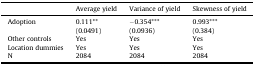
<table><thead><tr><td></td><td><b>Average yield</b></td><td><b>Variance of yield</b></td><td><b>Skewness of yield</b></td></tr></thead><tbody><tr><td rowspan="2">Adoption</td><td>0.111**</td><td>−0.354***</td><td>0.993***</td></tr><tr><td>(0.0491)</td><td>(0.0936)</td><td>(0.384)</td></tr><tr><td>Other controls</td><td>Yes</td><td>Yes</td><td>Yes</td></tr><tr><td>Location dummies</td><td>Yes</td><td>Yes</td><td>Yes</td></tr><tr><td>N</td><td>2084</td><td>2084</td><td>2084</td></tr></tbody></table>